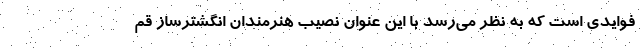
فوایدی است که به نظر می‌رسد با این عنوان نصیب هنرمندان انگشترساز قم